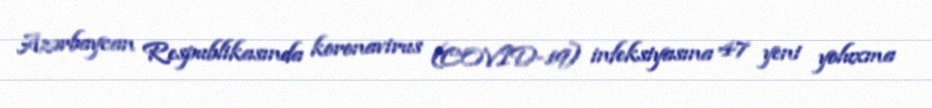
Azərbaycan Respublikasında koronavirus (COVID-19) infeksiyasına 47 yeni yoluxma